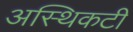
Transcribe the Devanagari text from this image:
अस्थिकटी